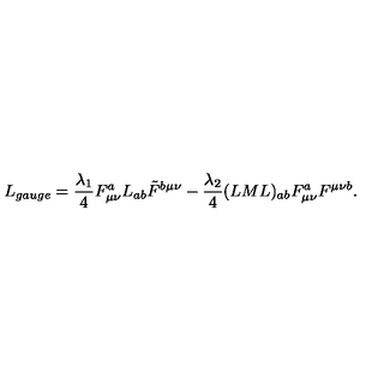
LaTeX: L _ { g a u g e } = { \frac { \lambda _ { 1 } } { 4 } } F _ { \mu \nu } ^ { a } L _ { a b } \tilde { F } ^ { b \mu \nu } - { \frac { \lambda _ { 2 } } { 4 } } ( L M L ) _ { a b } F _ { \mu \nu } ^ { a } F ^ { \mu \nu b } { } .